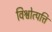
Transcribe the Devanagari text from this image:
विश्वोत्पत्ति